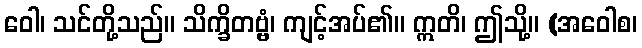
ဝေါ၊ သင်တို့သည်။ သိက္ခိတဗ္ဗံ၊ ကျင့်အပ်၏။ ဣတိ၊ ဤသို့။ (အဝေါစ၊